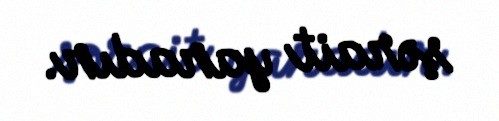
şərait yaradır.